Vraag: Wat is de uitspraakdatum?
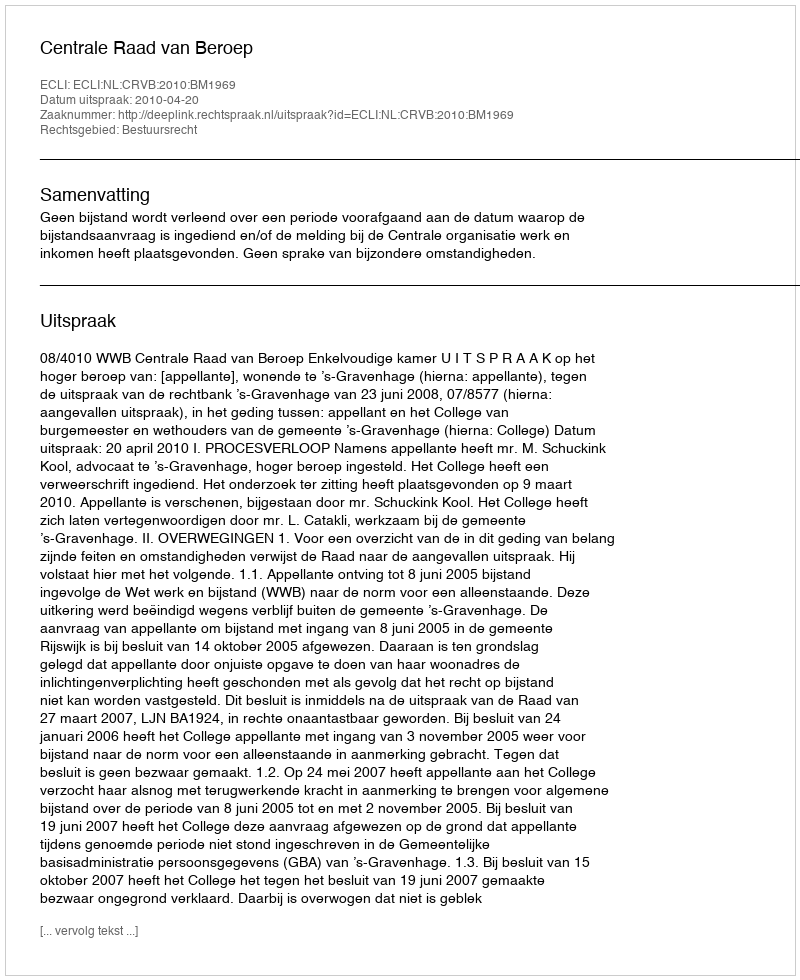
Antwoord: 2010-04-20